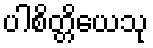
ပါစိတ္တိယေသု